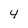
Character: 4